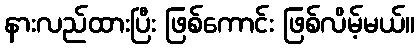
နားလည်ထားပြီး ဖြစ်ကောင်း ဖြစ်လိမ့်မယ်။